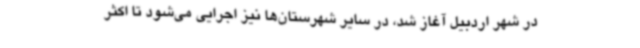
در شهر اردبیل آغاز شد، در سایر شهرستان‌ها نیز اجرایی می‌شود تا اکثر